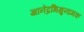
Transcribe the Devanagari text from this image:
ज्ञानेंद्रभिक्षुनामक